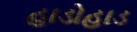
હાડોહાડ